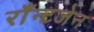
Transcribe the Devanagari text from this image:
राँन्टजेन